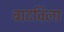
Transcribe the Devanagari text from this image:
बाटविला